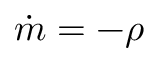
{ \dot { m } } = - \rho